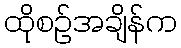
ထိုစဉ်အချိန်က